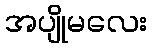
အပျိုမလေး